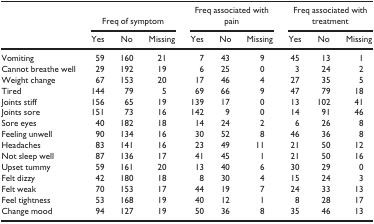
<table><thead><tr><td rowspan="2"></td><td colspan="3"><b>Freq of symptom</b></td><td colspan="3"><b>Freq associated with pain</b></td><td colspan="3"><b>Freq associated with treatment</b></td></tr><tr><td><b>Yes</b></td><td><b>No</b></td><td><b>Missing</b></td><td><b>Yes</b></td><td><b>No</b></td><td><b>Missing</b></td><td><b>Yes</b></td><td><b>No</b></td><td><b>Missing</b></td></tr></thead><tbody><tr><td>Vomiting</td><td>59</td><td>160</td><td>21</td><td>7</td><td>43</td><td>9</td><td>45</td><td>13</td><td>1</td></tr><tr><td>Cannot breathe well</td><td>29</td><td>192</td><td>19</td><td>6</td><td>25</td><td>0</td><td>3</td><td>24</td><td>2</td></tr><tr><td>Weight change</td><td>67</td><td>153</td><td>20</td><td>17</td><td>46</td><td>4</td><td>27</td><td>35</td><td>5</td></tr><tr><td>Tired</td><td>144</td><td>79</td><td>5</td><td>69</td><td>66</td><td>9</td><td>47</td><td>79</td><td>18</td></tr><tr><td>Joints stiff</td><td>156</td><td>65</td><td>19</td><td>139</td><td>17</td><td>0</td><td>13</td><td>102</td><td>41</td></tr><tr><td>Joints sore</td><td>151</td><td>73</td><td>16</td><td>142</td><td>9</td><td>0</td><td>14</td><td>91</td><td>46</td></tr><tr><td>Sore eyes</td><td>40</td><td>182</td><td>18</td><td>14</td><td>24</td><td>2</td><td>6</td><td>26</td><td>8</td></tr><tr><td>Feeling unwell</td><td>90</td><td>134</td><td>16</td><td>30</td><td>52</td><td>8</td><td>46</td><td>36</td><td>8</td></tr><tr><td>Headaches</td><td>83</td><td>141</td><td>16</td><td>23</td><td>49</td><td>11</td><td>21</td><td>50</td><td>12</td></tr><tr><td>Not sleep well</td><td>87</td><td>136</td><td>17</td><td>41</td><td>45</td><td>1</td><td>21</td><td>50</td><td>16</td></tr><tr><td>Upset tummy</td><td>59</td><td>161</td><td>20</td><td>13</td><td>40</td><td>6</td><td>30</td><td>29</td><td>0</td></tr><tr><td>Felt dizzy</td><td>42</td><td>180</td><td>18</td><td>8</td><td>30</td><td>4</td><td>15</td><td>24</td><td>3</td></tr><tr><td>Felt weak</td><td>70</td><td>153</td><td>17</td><td>44</td><td>19</td><td>7</td><td>24</td><td>33</td><td>13</td></tr><tr><td>Feel tightness</td><td>53</td><td>168</td><td>19</td><td>40</td><td>12</td><td>1</td><td>8</td><td>28</td><td>17</td></tr><tr><td>Change mood</td><td>94</td><td>127</td><td>19</td><td>50</td><td>36</td><td>8</td><td>35</td><td>46</td><td>13</td></tr></tbody></table>